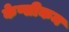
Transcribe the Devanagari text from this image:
केप्सीकम